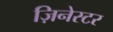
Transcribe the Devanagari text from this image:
ज़िनेस्टर